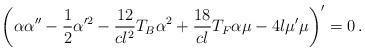
LaTeX: \begin{align*}\left(\alpha \alpha'' - \frac 12 \alpha'^2 - \frac{12}{cl^2}T_B\alpha^2+ \frac{18}{cl}T_F\alpha \mu - 4l\mu' \mu\right)' = 0\,. \end{align*}